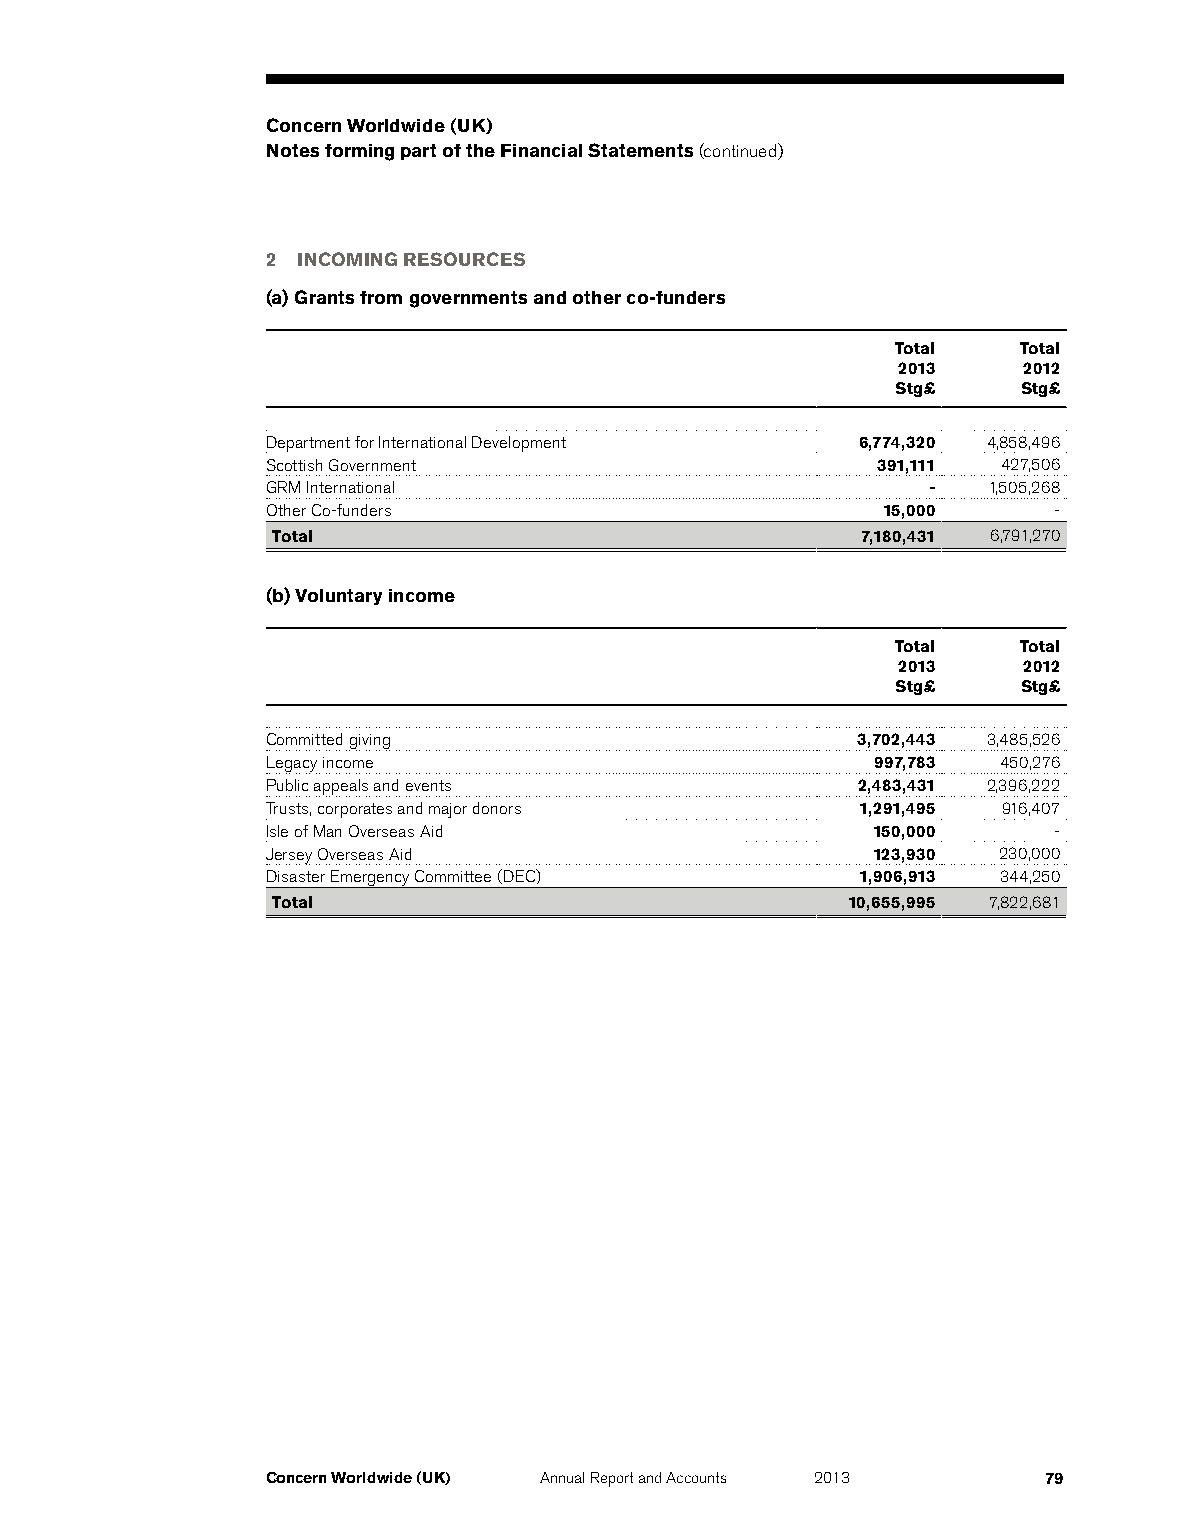
Concern Worldwide (UK)
 Notes forming part of the Financial Statements (continued)
 2 INCOMING RESOURCES
 (a) Grants from governments and other co-funders
 Total   Total
 2013     2012
 Stg£     Stg£
 Department for International Development 6,774,320 4,858,496
 Scottish Government                     391,111 427,506
 GRM International                          -   1,505,268
 Other Co-funders                        15,000      -
 Total                                  7,180,431 6,791,270
 (b) Voluntary income
 Total   Total
 2013     2012
 Stg£     Stg£
 Committed giving                       3,702,443 3,485,526
 Legacy income                           997,783 450,276
 Public appeals and events              2,483,431 2,396,222
 Trusts, corporates and major donors    1,291,495 916,407
 Isle of Man Overseas Aid                150,000     -
 Jersey Overseas Aid                     123,930 230,000
 Disaster Emergency Committee (DEC)     1,906,913 344,250
 Total                                 10,655,995 7,822,681
 Concern Worldwide (UK) Annual Report and Accounts 2013 79